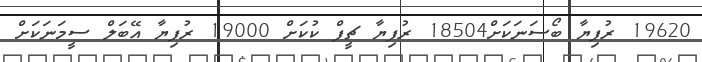
19620 ރުފިޔާ ބޯސަނަކަށް18504 ރުފިޔާ ޗީފް ކުކަށް 19000 ރުފިޔާ އޭބަލް ސީމަނަކަށް